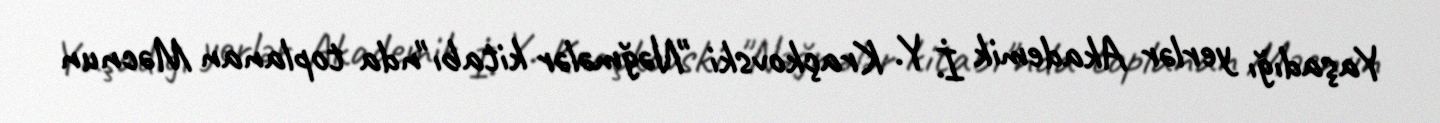
Yaşadığı yerlər Akademik İ. Y. Kraçkovski "Nəğmələr kitabı"nda toplanan Məcnun